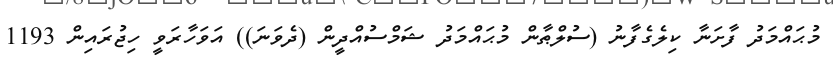
މުޙައްމަދު ފާށަނާ ކިލެގެފާނު (ސުލްޠާން މުޙައްމަދު ޝަމްސުއްދީން (ދެވަނަ)) އަވަހާރަވީ ހިޖުރައިން 1193